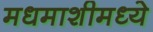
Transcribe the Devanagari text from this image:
मधमाशीमध्ये